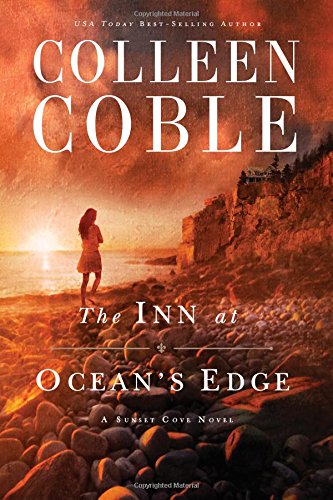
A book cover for The Inn at Ocean's Edge (A Sunset Cove Novel); Colleen Coble; Romance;